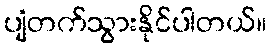
ပျံတက်သွားနိုင်ပါတယ်။